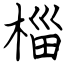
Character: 椔